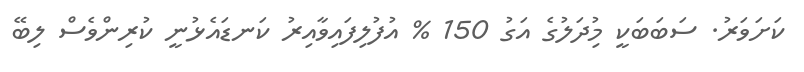
ކަށަވަރު. ސަބަބަކީ މުިދަލުގެ އަގު 150 % އުފުލިފައިވާއިރު ކަނޑައެޅުނީ ކުރިންވެސް ލިބޭ